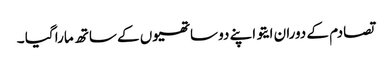
تصادم کے دوران ایتو اپنے دو ساتھیوں کے ساتھ مارا گیا ۔